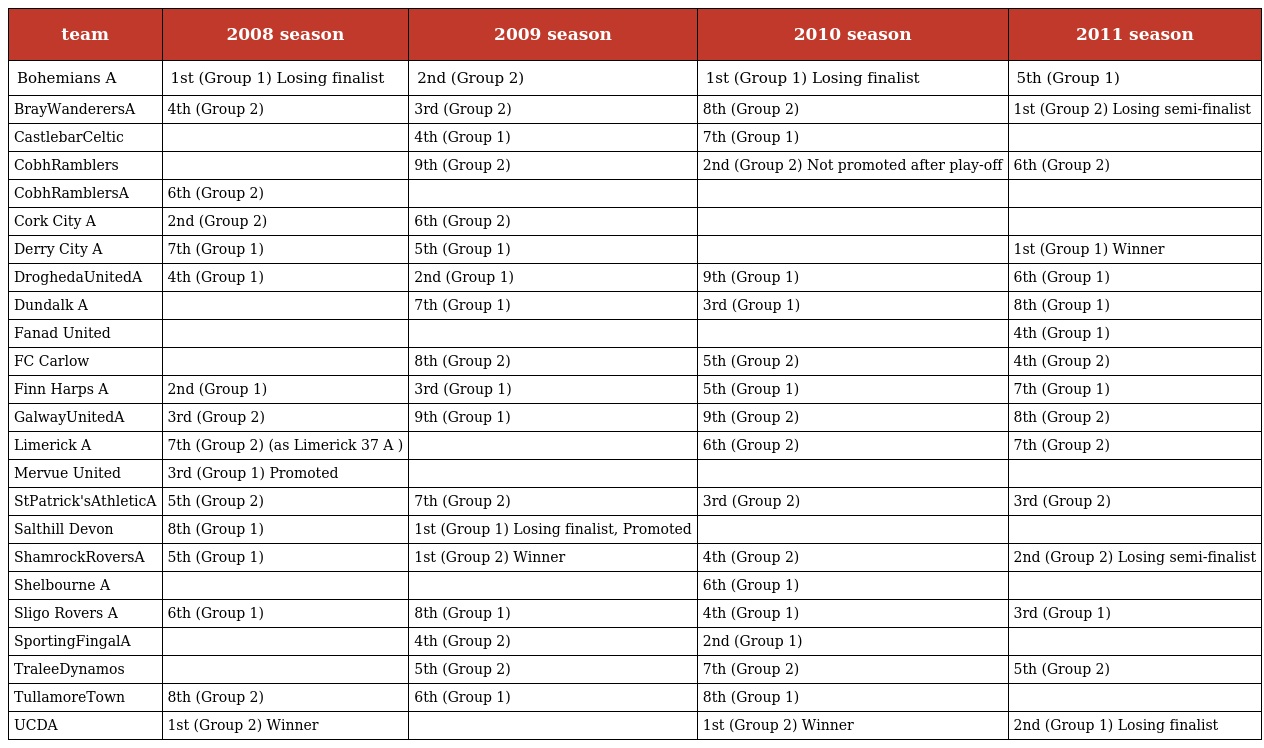
| team | 2008 season | 2009 season | 2010 season | 2011 season |
 | --- | --- | --- | --- | --- |
 | Bohemians A | 1st (Group 1) Losing finalist | 2nd (Group 2) | 1st (Group 1) Losing finalist | 5th (Group 1) |
 | BrayWanderersA | 4th (Group 2) | 3rd (Group 2) | 8th (Group 2) | 1st (Group 2) Losing semi-finalist |
 | CastlebarCeltic |  | 4th (Group 1) | 7th (Group 1) |  |
 | CobhRamblers |  | 9th (Group 2) | 2nd (Group 2) Not promoted after play-off | 6th (Group 2) |
 | CobhRamblersA | 6th (Group 2) |  |  |  |
 | Cork City A | 2nd (Group 2) | 6th (Group 2) |  |  |
 | Derry City A | 7th (Group 1) | 5th (Group 1) |  | 1st (Group 1) Winner |
 | DroghedaUnitedA | 4th (Group 1) | 2nd (Group 1) | 9th (Group 1) | 6th (Group 1) |
 | Dundalk A |  | 7th (Group 1) | 3rd (Group 1) | 8th (Group 1) |
 | Fanad United |  |  |  | 4th (Group 1) |
 | FC Carlow |  | 8th (Group 2) | 5th (Group 2) | 4th (Group 2) |
 | Finn Harps A | 2nd (Group 1) | 3rd (Group 1) | 5th (Group 1) | 7th (Group 1) |
 | GalwayUnitedA | 3rd (Group 2) | 9th (Group 1) | 9th (Group 2) | 8th (Group 2) |
 | Limerick A | 7th (Group 2) (as Limerick 37 A ) |  | 6th (Group 2) | 7th (Group 2) |
 | Mervue United | 3rd (Group 1) Promoted |  |  |  |
 | StPatrick'sAthleticA | 5th (Group 2) | 7th (Group 2) | 3rd (Group 2) | 3rd (Group 2) |
 | Salthill Devon | 8th (Group 1) | 1st (Group 1) Losing finalist, Promoted |  |  |
 | ShamrockRoversA | 5th (Group 1) | 1st (Group 2) Winner | 4th (Group 2) | 2nd (Group 2) Losing semi-finalist |
 | Shelbourne A |  |  | 6th (Group 1) |  |
 | Sligo Rovers A | 6th (Group 1) | 8th (Group 1) | 4th (Group 1) | 3rd (Group 1) |
 | SportingFingalA |  | 4th (Group 2) | 2nd (Group 1) |  |
 | TraleeDynamos |  | 5th (Group 2) | 7th (Group 2) | 5th (Group 2) |
 | TullamoreTown | 8th (Group 2) | 6th (Group 1) | 8th (Group 1) |  |
 | UCDA | 1st (Group 2) Winner |  | 1st (Group 2) Winner | 2nd (Group 1) Losing finalist |